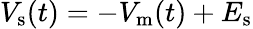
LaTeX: V_{\mathrm{s}}(t)=-V_{\mathrm{m}}(t)+E_{\mathrm{s}}